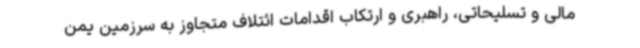
مالی و تسلیحاتی، راهبری و ارتکاب اقدامات ائتلاف متجاوز به سرزمین یمن